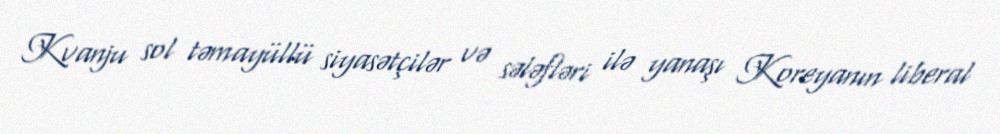
Kvanju sol təmayüllü siyasətçilər və sələfləri ilə yanaşı Koreyanın liberal